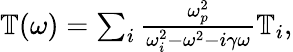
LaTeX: \begin{array}{r}{\mathbb{T}(\omega)=\sum_{i}\frac{\omega_{p}^{2}}{\omega_{i}^{2}-\omega^{2}-i\gamma\omega}\mathbb{T}_{i},}\end{array}